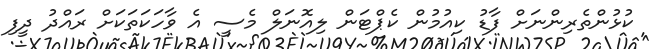
ކުޅުންތެރިންނަށް ފާޑު ކިއުމުން ކެޕްޓަން ލިއޮނަލް މެސީ އެ ވާހަކަތަކަށް ރައްދު ދީފި